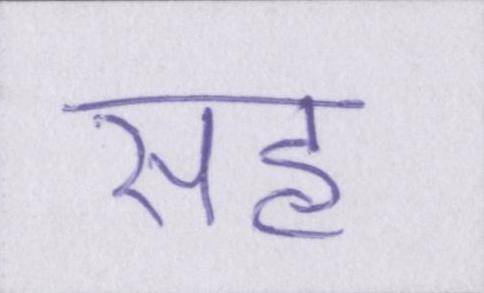
सह